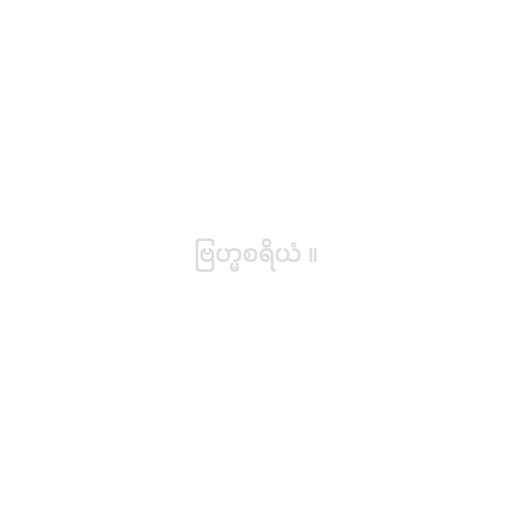
ဗြဟ္မစရိယံ ။